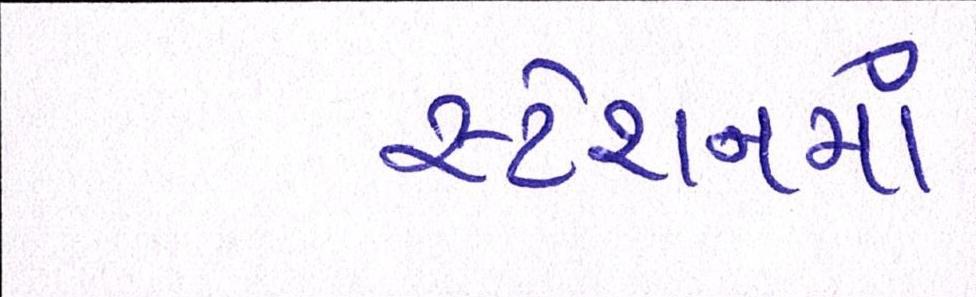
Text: સ્ટેશનમાં